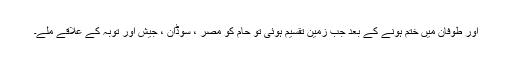
اور طوفان میں ختم ہونے کے بعد جب زمین تقسیم ہوئی تو حام کو مصر ، سوڈان ، جیش اور توبہ کے علاقے ملے۔